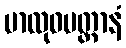
မာလုဝပတ္တာနံ